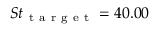
S t _ { \mathrm { ~ t ~ a ~ r ~ g ~ e ~ t ~ } } = 4 0 . 0 0